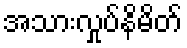
အသားလှုပ်နိမိတ်